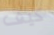
كيف